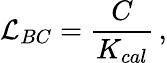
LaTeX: \mathcal{L}_{BC}=\frac{C}{K_{cal}}\, ,